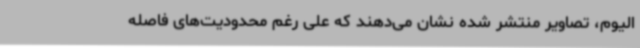
الیوم، تصاویر منتشر شده نشان می‌دهند که علی رغم محدودیت‌های فاصله